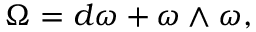
\, \Omega = d \omega + \omega \wedge \omega ,